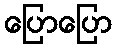
ပြောပြော